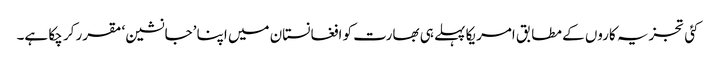
کئی تجزیہ کاروں کے مطابق امریکا پہلے ہی بھارت کو افغانستان میں اپنا ’جانشین‘ مقرر کر چکا ہے۔